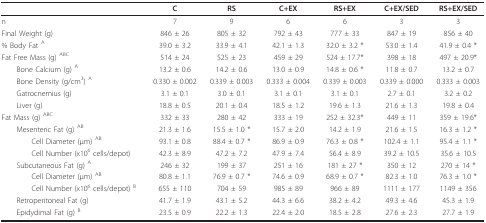
<table><thead><tr><td></td><td><b>C</b></td><td><b>RS</b></td><td><b>C+EX</b></td><td><b>RS+EX</b></td><td><b>C+EX/SED</b></td><td><b>RS+EX/SED</b></td></tr></thead><tbody><tr><td>n</td><td>7</td><td>9</td><td>6</td><td>6</td><td>3</td><td>3</td></tr><tr><td>Final Weight (g)</td><td>846 ± 26</td><td>805 ± 32</td><td>792 ± 43</td><td>777 ± 33</td><td>847 ± 19</td><td>856 ± 40</td></tr><tr><td>% Body Fat <sup>A</sup></td><td>39.0 ± 3.2</td><td>33.9 ± 4.1</td><td>42.1 ± 1.3</td><td>32.0 ± 3.2 *</td><td>53.0 ± 1.4</td><td>41.9 ± 0.4 *</td></tr><tr><td>Fat Free Mass (g) <sup>ABC</sup></td><td>514 ± 24</td><td>525 ± 23</td><td>459 ± 29</td><td>524 ± 17.7*</td><td>398 ± 18</td><td>497 ± 20.9*</td></tr><tr><td> Bone Calcium (g) <sup>A</sup></td><td>13.2 ± 0.6</td><td>14.2 ± 0.6</td><td>13.0 ± 0.9</td><td>14.8 ± 0.6 *</td><td>11.8 ± 0.7</td><td>13.2 ± 0.7</td></tr><tr><td> Bone Density (g/cm<sup>3</sup>) <sup>A</sup></td><td>0.330 ± 0.002</td><td>0.339 ± 0.003</td><td>0.333 ± 0.004</td><td>0.339 ± 0.003</td><td>0.339 ± 0.000</td><td>0.333 ± 0.003</td></tr><tr><td> Gatrocnemius (g)</td><td>3.1 ± 0.1</td><td>3.0 ± 0.1</td><td>3.1 ± 0.1</td><td>3.1 ± 0.1</td><td>2.7 ± 0.1</td><td>3.2 ± 0.2</td></tr><tr><td> Liver (g)</td><td>18.8 ± 0.5</td><td>20.1 ± 0.4</td><td>18.5 ± 1.2</td><td>19.6 ± 1.3</td><td>21.6 ± 1.3</td><td>19.8 ± 0.4</td></tr><tr><td>Fat Mass (g) <sup>ABC</sup></td><td>332 ± 33</td><td>280 ± 42</td><td>333 ± 19</td><td>252 ± 32.3*</td><td>449 ± 11</td><td>359 ± 19.6*</td></tr><tr><td> Mesenteric Fat (g) <sup>AB</sup></td><td>21.3 ± 1.6</td><td>15.5 ± 1.0 *</td><td>15.7 ± 2.0</td><td>14.2 ± 1.9</td><td>21.6 ± 1.5</td><td>16.3 ± 1.2 *</td></tr><tr><td>Cell Diameter (μm) <sup>AB</sup></td><td>93.1 ± 0.8</td><td>88.4 ± 0.7 *</td><td>86.9 ± 0.9</td><td>76.3 ± 0.8 *</td><td>102.4 ± 1.1</td><td>95.4 ± 1.1 *</td></tr><tr><td>Cell Number (x10<sup>6 </sup>cells/depot)</td><td>42.3 ± 8.9</td><td>47.2 ± 7.2</td><td>47.9 ± 7.4</td><td>56.4 ± 8.9</td><td>39.2 ± 10.5</td><td>35.6 ± 10.5</td></tr><tr><td> Subcutaneous Fat (g) <sup>A</sup></td><td>246 ± 32</td><td>199 ± 37</td><td>251 ± 16</td><td>181 ± 27 *</td><td>350 ± 12</td><td>270 ± 14 *</td></tr><tr><td>Cell Diameter (μm) <sup>AB</sup></td><td>80.8 ± 1.1</td><td>76.9 ± 0.7 *</td><td>74.6 ± 0.9</td><td>68.9 ± 0.7 *</td><td>82.3 ± 1.0</td><td>76.3 ± 1.0 *</td></tr><tr><td>Cell Number (x10<sup>6 </sup>cells/depot) <sup>B</sup></td><td>655 ± 110</td><td>704 ± 59</td><td>985 ± 89</td><td>966 ± 89</td><td>1111 ± 177</td><td>1149 ± 356</td></tr><tr><td> Retroperitoneal Fat (g)</td><td>41.7 ± 1.9</td><td>43.1 ± 5.2</td><td>44.3 ± 6.6</td><td>38.2 ± 4.2</td><td>49.3 ± 4.6</td><td>45.3 ± 1.9</td></tr><tr><td> Epidydimal Fat (g) <sup>B</sup></td><td>23.5 ± 0.9</td><td>22.2 ± 1.3</td><td>22.4 ± 2.0</td><td>18.5 ± 2.8</td><td>27.6 ± 2.3</td><td>27.7 ± 1.9</td></tr></tbody></table>